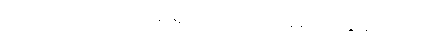
ခင်ဗျားတို့ ကော်မရှင် ပေးတာနည်းလွန်းတယ်။